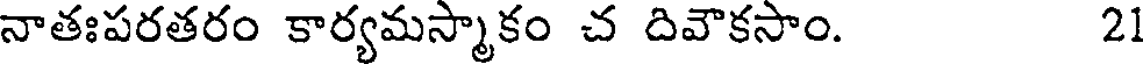
నాతఃపరతరం కార్యమస్మాకం చ దివౌకసాం. 21